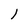
Character: l